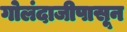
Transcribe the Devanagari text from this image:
गोलंदाजीपासून